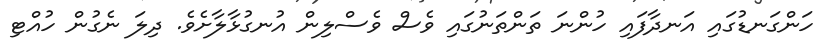
ހަންގަނޑުގައި އަނދާފައި ހުންނަ ތަންތަނުގައި ވެސް ވެސްލިން އުނގުޅާލާށެވެ. ދިލަ ނެގުން ހުއްޓި